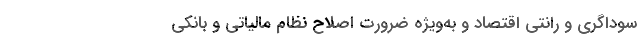
سوداگری و رانتی اقتصاد و به‌ویژه ضرورت اصلاح نظام مالیاتی و بانکی